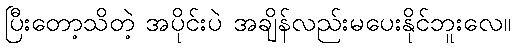
ပြီးတော့သိတဲ့ အပိုင်းပဲ အချိန်လည်းမပေးနိုင်ဘူးလေ။